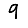
Digit: 9